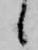
候